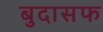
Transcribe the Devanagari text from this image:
बुदासफ